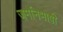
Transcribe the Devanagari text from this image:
जर्मानभाषी